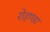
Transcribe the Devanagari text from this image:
रोहण्डा